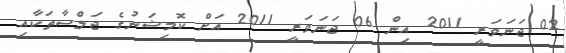
02 ޖަނަވަރީ 2011 އިން 06 ޖަނަވަރީ 2011 އަށް ކޮމިޝަނުގެ ޖަލްސާތަކާއި